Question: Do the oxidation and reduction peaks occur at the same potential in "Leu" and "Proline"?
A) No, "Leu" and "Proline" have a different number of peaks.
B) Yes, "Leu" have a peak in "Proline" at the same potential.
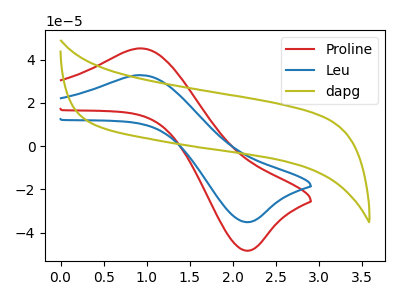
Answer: <think>The red curve "Proline" has an anodic peak at (0.95V, 45.10uA) and a cathodic peak at (2.15V, -48.20uA). The blue curve "Leu" has an anodic peak at (0.95V, 32.80uA) and a cathodic peak at (2.15V, -35.05uA). The olive curve "dapg" has no peaks.</think>
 <answer>B) Yes, "Leu" have a peak in "Proline" at the same potential.</answer>
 <eval>B</eval>